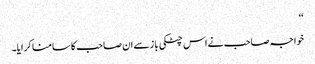
‘‘
خواجہ صاحب نے اس چٹکی باز سے ان صاحب کا سامنا کرایا۔